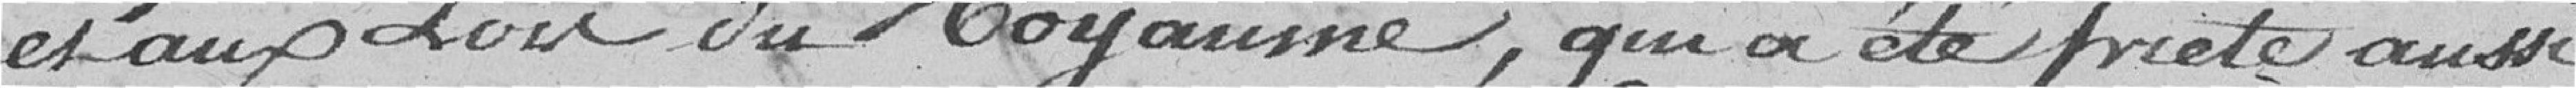
et aux lois du Royaume, qui a été prêté aussi